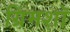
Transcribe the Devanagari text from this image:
ग्रिमशॉ